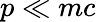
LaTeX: p\ll mc